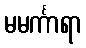
မမင်္ကာရာ